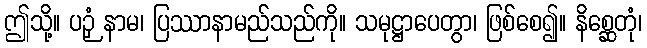
ဤသို့။ ပဉှံ နာမ၊ ပြဿာနာမည်သည်ကို။ သမုဋ္ဌာပေတွာ၊ ဖြစ်စေ၍။ နိစ္ဆေတုံ၊